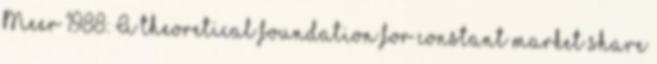
Meer 1988: A theoretical foundation for constant market share